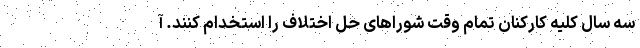
سه سال کلیه کارکنان تمام وقت شوراهای حل اختلاف را استخدام کنند. آ